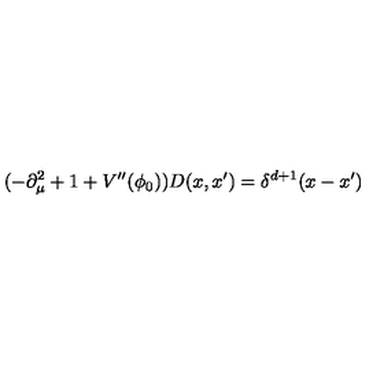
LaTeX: ( - \partial _ { \mu } ^ { 2 } + 1 + V ^ { \prime \prime } ( \phi _ { 0 } ) ) D ( x , x ^ { \prime } ) = \delta ^ { d + 1 } ( x - x ^ { \prime } )